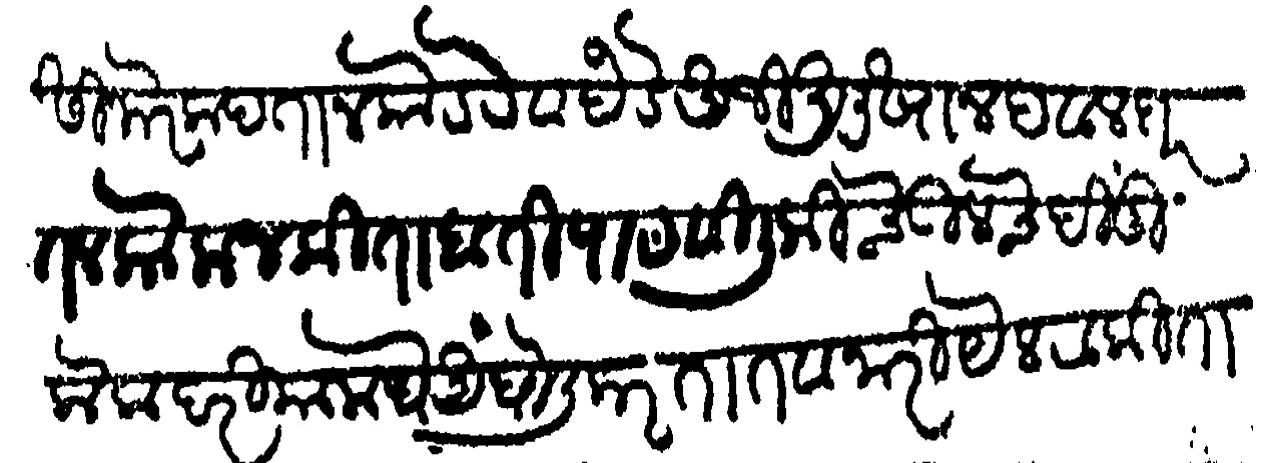
Transliteration (Devanagari): सिनोर कपतान कोडवे व हंडे अजी अलीखान हवालदार तलकोकण किताबती पाठवीली की चेऊलचे हिंदू लोक दरियामध्ये अंघोली करतात व नारियेल टाकीताती